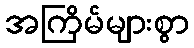
အကြိမ်များစွာ